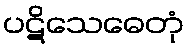
ပဋိသေဓေတုံ